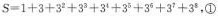
$$S= 1 + 3 + 3 ^ { 2 } + 3 ^ { 3 } + 3